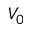
V _ { 0 }